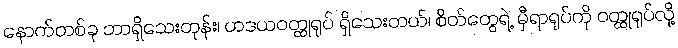
နောက်တစ်ခု ဘာရှိသေးတုန်း၊ ဟဒယဝတ္ထုရုပ် ရှိသေးတယ်၊ စိတ်တွေရဲ့ မှီရာရုပ်ကို ဝတ္ထုရုပ်လို့